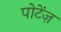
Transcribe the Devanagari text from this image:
पोटेंज़